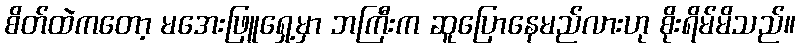
စိတ်ထဲကတော့ မအေးဖြူရှေ့မှာ ဘကြီးက ဆူပြောနေမည်လားဟု စိုးရိမ်မိသည်။